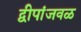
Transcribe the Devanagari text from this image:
द्वीपांजवळ